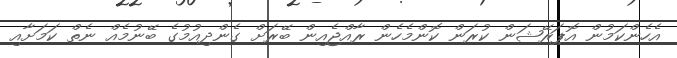
އެހެންކަމުން އޮޕަރޭޝަން ކުރަން ކޮންމެހެން ރާއްޖެއިން ބޭރަށް ގެންދިއުމުގެ ބޭނުމެއް ނެތް ކަމަށާއި